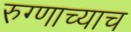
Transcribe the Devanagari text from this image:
रुग्णाच्याच